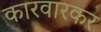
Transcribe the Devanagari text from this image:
कारवारकर